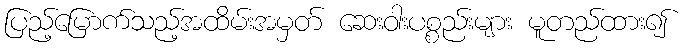
ပြည့်မြောက်သည့်အထိမ်းအမှတ် ဆေးဝါးပစ္စည်းများ မူတည်ထား၍